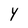
Character: Y